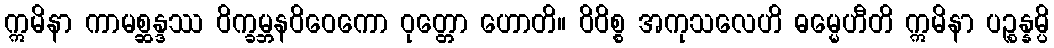
ဣမိနာ ကာမစ္ဆန္ဒဿ ဝိက္ခမ္ဘနဝိဝေကော ဝုတ္တော ဟောတိ။ ဝိဝိစ္စ အကုသလေဟိ ဓမ္မေဟီတိ ဣမိနာ ပဉ္စန္နမ္ပိ